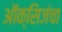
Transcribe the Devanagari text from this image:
ऑक्सिजंचा